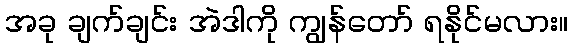
အခု ချက်ချင်း အဲဒါကို ကျွန်တော် ရနိုင်မလား။